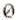
0